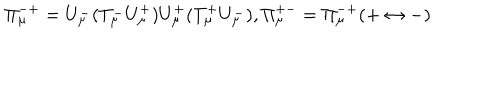
LaTeX: \Pi _ { \mu } ^ { - + } = U _ { \mu } ^ { - } ( T _ { \mu } ^ { - } U _ { \mu } ^ { + } ) U _ { \mu } ^ { + } ( T _ { \mu } ^ { + } U _ { \mu } ^ { - } ) , \Pi _ { \mu } ^ { + - } = \Pi _ { \mu } ^ { - + } ( + \leftrightarrow - )